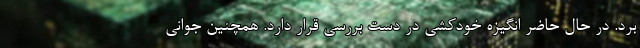
برد. در حال حاضر انگیزه خودکشی در دست بررسی قرار دارد. همچنین جواني